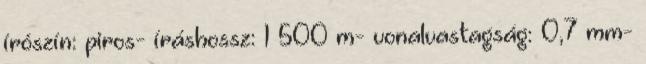
írószín: piros- íráshossz: 1 500 m- vonalvastagság: 0,7 mm-